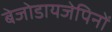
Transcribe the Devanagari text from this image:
बेजोडायजेपिनों